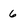
Character: 6